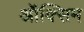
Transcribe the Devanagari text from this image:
ऑक्सिम